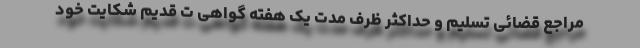
مراجع قضائی تسلیم و حداکثر ظرف مدت یک هفته گواهی ت قدیم شکایت خود